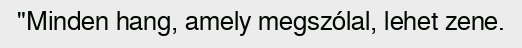
"Minden hang, amely megszólal, lehet zene.